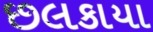
છલકાયા